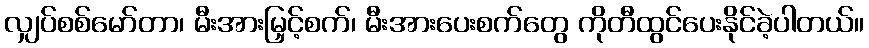
လျှပ်စစ်မော်တာ၊ မီးအားမြှင့်စက်၊ မီးအားပေးစက်တွေ ကိုတီထွင်ပေးနိုင်ခဲ့ပါတယ်။